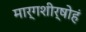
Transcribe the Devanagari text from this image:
मार्गशीर्षोहं